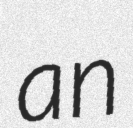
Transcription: an